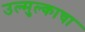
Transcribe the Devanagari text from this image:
उल्मुल्काचा